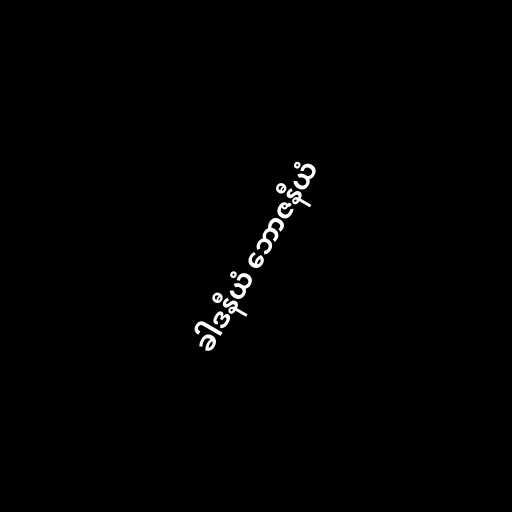
ခါဒနီယံ ဘောဇနီယံ